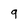
Character: 9